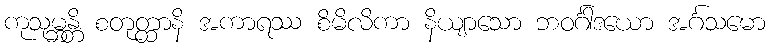
ကုသုမ္ဘန္တိ စတုတ္ထာနိ အကာရဿ စိမိလိကာ နိယျာသော ဘဝင်္ဂါဒယော အင်္ဂသမော